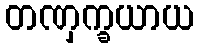
တဏှက္ခယာယ